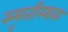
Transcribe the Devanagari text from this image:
स्मृतीस्थळ